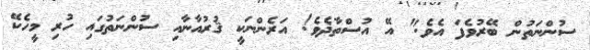
ސުންނަތުން ބޭރުވެފަ އެވެ." އޭ އުސްތާޛެވެ! އަރެންނަކީ ޤުރުއާނާއި ސުންނަތުގައި ހުރި މީހެކޭ